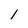
Character: l